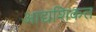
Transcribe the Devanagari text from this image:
आद्यशिकत